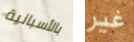
بالأسبانية غير